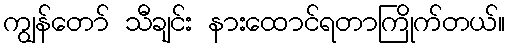
ကျွန်တော် သီချင်း နားထောင်ရတာကြိုက်တယ်။